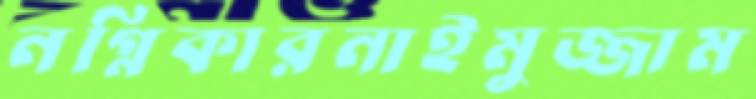
নগ্নিকারনাইমুজ্জাম